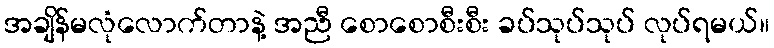
အချိန်မလုံလောက်တာနဲ့ အညီ စောစောစီးစီး ခပ်သုပ်သုပ် လုပ်ရမယ်။